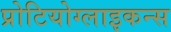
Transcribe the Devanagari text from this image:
प्रोटियोग्लाइकन्स